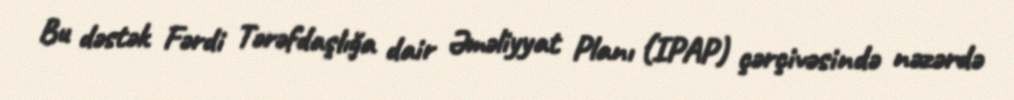
Bu dəstək Fərdi Tərəfdaşlığa dair Əməliyyat Planı (IPAP) çərçivəsində nəzərdə